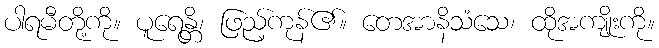
ပါရမီတို့ကို။ ပူရေန္တိ၊ ဖြည့်ကုန်၏။ တေအာနိသံသေ၊ ထိုအကျိုးကို။